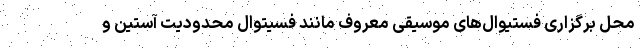
محل برگزاری فستیوال‌های موسیقی معروف مانند فسیتوال محدودیت آستین و